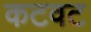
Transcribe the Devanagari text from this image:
कटवट